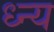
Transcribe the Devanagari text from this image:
ध्न्य